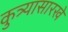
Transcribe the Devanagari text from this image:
कुत्र्यासारखे